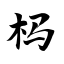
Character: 杩